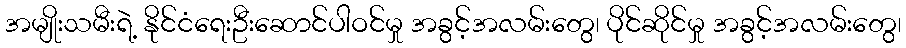
အမျိုးသမီးရဲ့ နိုင်ငံရေးဦးဆောင်ပါဝင်မှု အခွင့်အလမ်းတွေ၊ ပိုင်ဆိုင်မှု အခွင့်အလမ်းတွေ၊